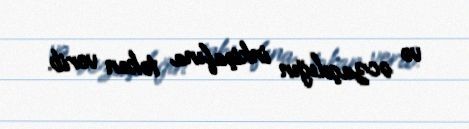
və əczaçılığın inkişafına təkan verib.